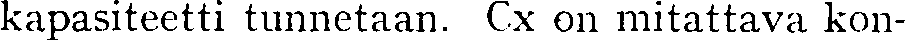
kapasiteetti tunnetaan. Cx on mitattava kon-